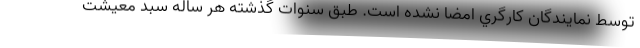
توسط نمايندگان كارگري امضا نشده است. طبق سنوات گذشته هر ساله سبد معيشت